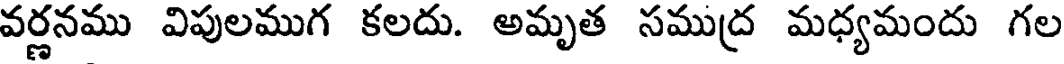
వర్ణనము విపులముగ కలదు. అమృత సముద మధ్యమందు గల